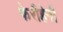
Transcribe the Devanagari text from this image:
फेरीहेगी